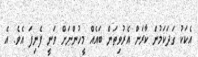
އެކަކު ގަދަކަމުން ކާރަށް އެރުވިތަން ބައެއް މީހުންނަށް ވަނީ ފެނިފަ އެވެ. އެ